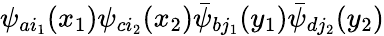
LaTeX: \psi_{ai_{1}}(x_{1})\psi_{ci_{2}}(x_{2})\bar{\psi}_{bj_{1}}(y_{1})\bar{\psi}_{dj_{2}}(y_{2})